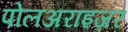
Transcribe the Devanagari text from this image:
पोलअराइज़र